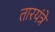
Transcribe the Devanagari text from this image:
तारयंत्रे